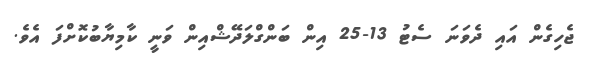
ޖެހިގެން އައި ދެވަނަ ސެޓު 13-25 އިން ބަންގްލަދޭޝްއިން ވަނީ ކާމިޔާބުކޮށްފަ އެވެ.